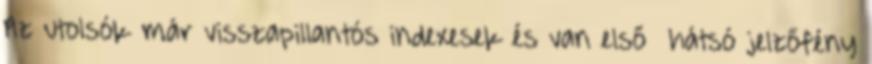
Az utolsók már visszapillantós indexesek és van első hátsó jelzőfény